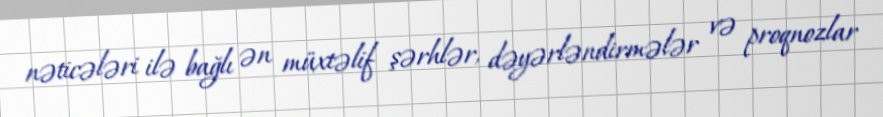
nəticələri ilə bağlı ən müxtəlif şərhlər, dəyərləndirmələr və proqnozlar